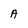
Character: A